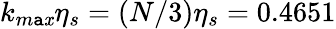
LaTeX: k_{m\mathtt{a}\mathit{x}}\eta_{s}=(N/3)\eta_{s}=0.4651